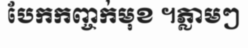
បែកកញ្ចក់មុខ ។ភ្លាមៗ